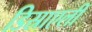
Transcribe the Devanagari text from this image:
डिस्राएली